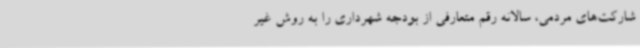
شارکت‌های مردمی، سالانه رقم متعارفی از بودجه شهرداری را به روش غیر